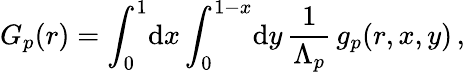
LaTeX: G_{p}(r)=\int_{0}^{1}\! \mathrm{d}x\int_{0}^{1-x}\! \mathrm{d}y\, \frac 1{\Lambda_{p}}\, g_{p}(r,x,y)\, ,